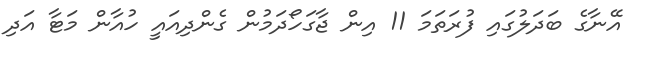
އޭނާގެ ބަދަލުގައި ފުރަތަމަ 11 އިން ޖާގަހޯދަމުން ގެންދިއައީ ހުއާން މަޓާ އަދި